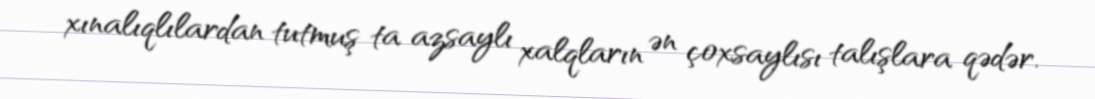
xınalıqlılardan tutmuş ta azsaylı xalqların ən çoxsaylısı talışlara qədər.